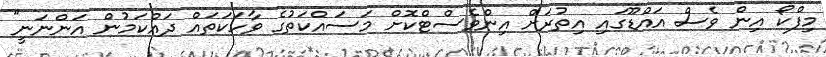
މިފްކޯ އިން ވެސް އައްޑޫގައި އިތުރަށް އިންވެސްޓްކޮށް މަސައްކަތުގެ ވާހަކަތައް ދައްކަމުން އަންނަނީ"